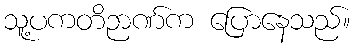
သူ့ပကတိဉာဏ်က ပြောနေသည်။